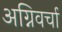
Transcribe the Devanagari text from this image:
अग्निवर्चा